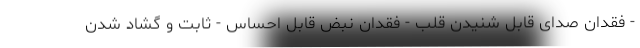
- فقدان صدای قابل شنیدن قلب - فقدان نبض قابل احساس - ثابت و گشاد شدن